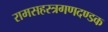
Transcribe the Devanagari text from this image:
रामसहस्त्रगणदण्डक